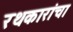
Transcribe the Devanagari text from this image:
रथकारांचा